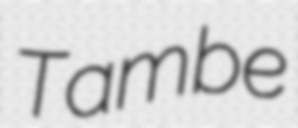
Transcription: Tambe